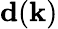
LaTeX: \textbf{d}(\textbf{k})